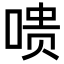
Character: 𪡞